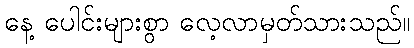
နေ့ ပေါင်းများစွာ လေ့လာမှတ်သားသည်။